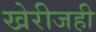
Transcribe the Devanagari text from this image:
खेरीजही